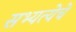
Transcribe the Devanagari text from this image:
सभ्यत्येचे